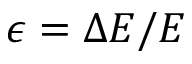
\epsilon = \Delta E / E